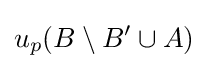
u_{p}(B\setminus B'\cup A)